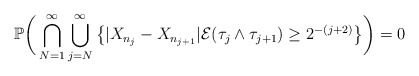
\begin{align*}\mathbb{P}\bigg( \bigcap_{N=1}^\infty \bigcup_{j=N}^\infty \big\{ | X_{n_j} - X_{n_{j+1}} |\mathcal{E}(\tau_j \wedge \tau_{j+1}) \geq 2^{-(j+2)} \big\} \bigg) = 0\end{align*}